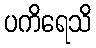
ပကိရေသိ